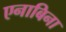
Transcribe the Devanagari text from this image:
एनाबिना